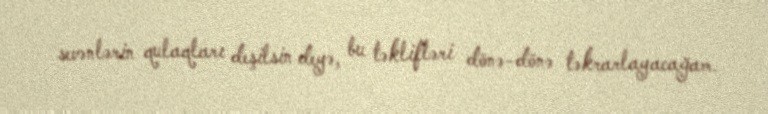
sevənlərin qulaqları deşilsin deyə, bu təklifləri dönə-dönə təkrarlayacağam.